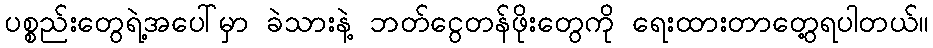
ပစ္စည်းတွေရဲ့အပေါ်မှာ ခဲသားနဲ့ ဘတ်ငွေတန်ဖိုးတွေကို ရေးထားတာတွေ့ရပါတယ်။